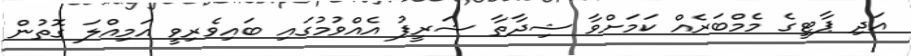
އަދި ޕާޓީގެ މެމްބަރެއް ކަމަށްވާ ޝިދާތާ ޝަރީފު އެއްވުމުގައި ބައިވެރިވީ އަމިއްލަ ގޮތުން